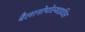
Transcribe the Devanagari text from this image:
बैलानोपोस्थाइटिस